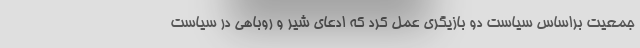
جمعیت براساس سیاست دو بازیگری عمل کرد که ادعای شیر و روباهی در سیاست